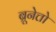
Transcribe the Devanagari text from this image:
ब्रूनेत्तो